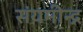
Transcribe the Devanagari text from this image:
संयमीन्द्र